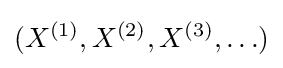
(X^{(1)},X^{(2)},X^{(3)},\ldots )